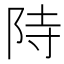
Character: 𮥂